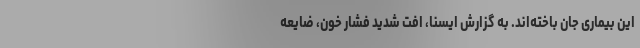
این بیماری جان باخته‌اند. به گزارش ایسنا، افت شدید فشار خون، ضایعه